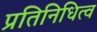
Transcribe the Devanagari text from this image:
प्रतिनिधित्व